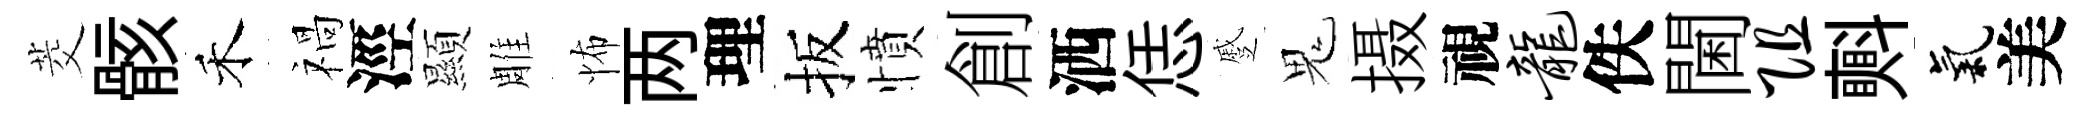
茭骸禾禍涇顯雕怖两理扳憤創洒恁蹙鬼摄視龙佚閫阻㪺氣美